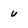
Character: u